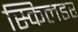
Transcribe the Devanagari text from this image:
स्किलडर